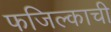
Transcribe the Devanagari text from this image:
फजिल्काची